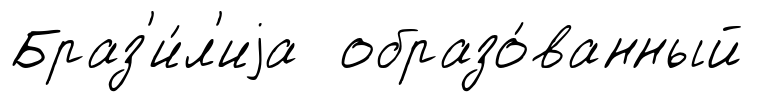
Браз'и́л'иjа образо́ванный